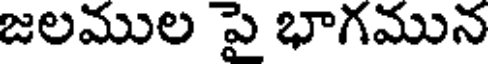
జలముల పై భాగమున